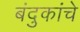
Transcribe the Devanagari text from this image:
बंदुकांचे